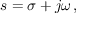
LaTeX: s = \sigma + j \omega \, ,